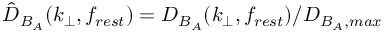
\hat { D } _ { B _ { A } } ( k _ { \perp } , f _ { r e s t } ) = D _ { B _ { A } } ( k _ { \perp } , f _ { r e s t } ) / D _ { B _ { A } , m a x }